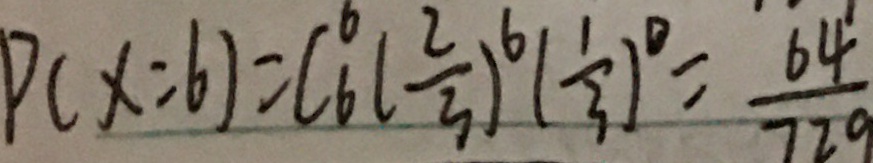
P ( x = 6 ) = ( 6 ^ { 6 } ( \frac { 2 } { 3 } ) ^ { 6 } ( \frac { 1 } { 3 } ) ^ { 0 } = \frac { 6 4 } { 7 2 9 }